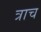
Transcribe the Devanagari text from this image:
त्राच